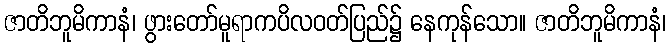
ဇာတိဘူမိကာနံ၊ ဖွားတော်မူရာကပိလဝတ်ပြည်၌ နေကုန်သော။ ဇာတိဘူမိကာနံ၊